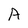
Character: A